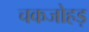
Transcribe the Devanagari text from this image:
चकजोहड़